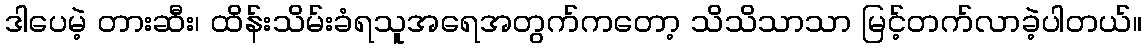
ဒါပေမဲ့ တားဆီး၊ ထိန်းသိမ်းခံရသူအရေအတွက်ကတော့ သိသိသာသာ မြင့်တက်လာခဲ့ပါတယ်။